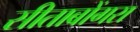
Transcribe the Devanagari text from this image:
सीताबोंगरा